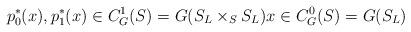
LaTeX: \begin{align*}p_0^*(x), p_1^*(x) \in C^1_G(S) = G(S_L \times_S S_L)x\in C^0_G(S) = G(S_L)\end{align*}